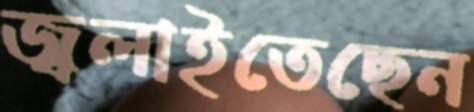
জ্বলাইতেছেন